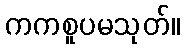
ကကစူပမသုတ်။